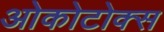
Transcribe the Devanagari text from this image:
ओकोटोक्स